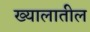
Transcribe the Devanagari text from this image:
ख्यालातील